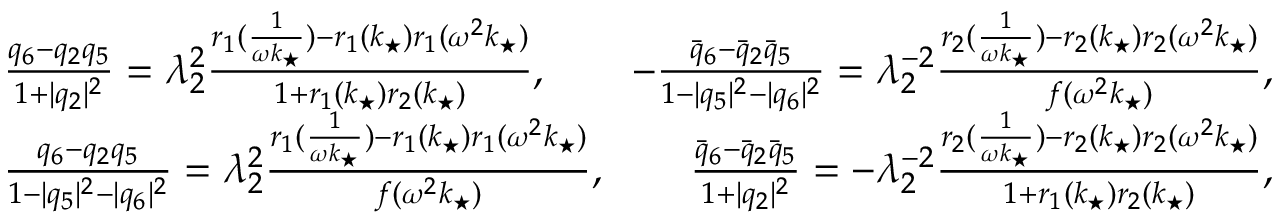
\begin{array} { r } { \frac { q _ { 6 } - q _ { 2 } q _ { 5 } } { 1 + | q _ { 2 } | ^ { 2 } } = \lambda _ { 2 } ^ { 2 } \frac { r _ { 1 } ( \frac { 1 } { \omega k _ { \star } } ) - r _ { 1 } ( k _ { \star } ) r _ { 1 } ( \omega ^ { 2 } k _ { \star } ) } { 1 + r _ { 1 } ( k _ { \star } ) r _ { 2 } ( k _ { \star } ) } , \qquad - \frac { \bar { q } _ { 6 } - \bar { q } _ { 2 } \bar { q } _ { 5 } } { 1 - | q _ { 5 } | ^ { 2 } - | q _ { 6 } | ^ { 2 } } = \lambda _ { 2 } ^ { - 2 } \frac { r _ { 2 } ( \frac { 1 } { \omega k _ { \star } } ) - r _ { 2 } ( k _ { \star } ) r _ { 2 } ( \omega ^ { 2 } k _ { \star } ) } { f ( \omega ^ { 2 } k _ { \star } ) } , } \\ { \frac { q _ { 6 } - q _ { 2 } q _ { 5 } } { 1 - | q _ { 5 } | ^ { 2 } - | q _ { 6 } | ^ { 2 } } = \lambda _ { 2 } ^ { 2 } \frac { r _ { 1 } ( \frac { 1 } { \omega k _ { \star } } ) - r _ { 1 } ( k _ { \star } ) r _ { 1 } ( \omega ^ { 2 } k _ { \star } ) } { f ( \omega ^ { 2 } k _ { \star } ) } , \qquad \frac { \bar { q } _ { 6 } - \bar { q } _ { 2 } \bar { q } _ { 5 } } { 1 + | q _ { 2 } | ^ { 2 } } = - \lambda _ { 2 } ^ { - 2 } \frac { r _ { 2 } ( \frac { 1 } { \omega k _ { \star } } ) - r _ { 2 } ( k _ { \star } ) r _ { 2 } ( \omega ^ { 2 } k _ { \star } ) } { 1 + r _ { 1 } ( k _ { \star } ) r _ { 2 } ( k _ { \star } ) } , } \end{array}